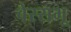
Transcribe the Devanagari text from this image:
वेस्सभू